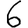
Digit: 6